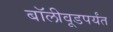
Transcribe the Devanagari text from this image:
बॉलीवूडपर्यंत